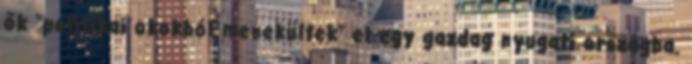
ők "politikai okokból menekültek" el egy gazdag nyugati országba.